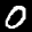
Label: 0